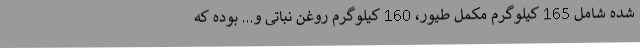
شده شامل 165 کیلوگرم مکمل طیور، 160 کیلوگرم روغن نباتی و... بوده که